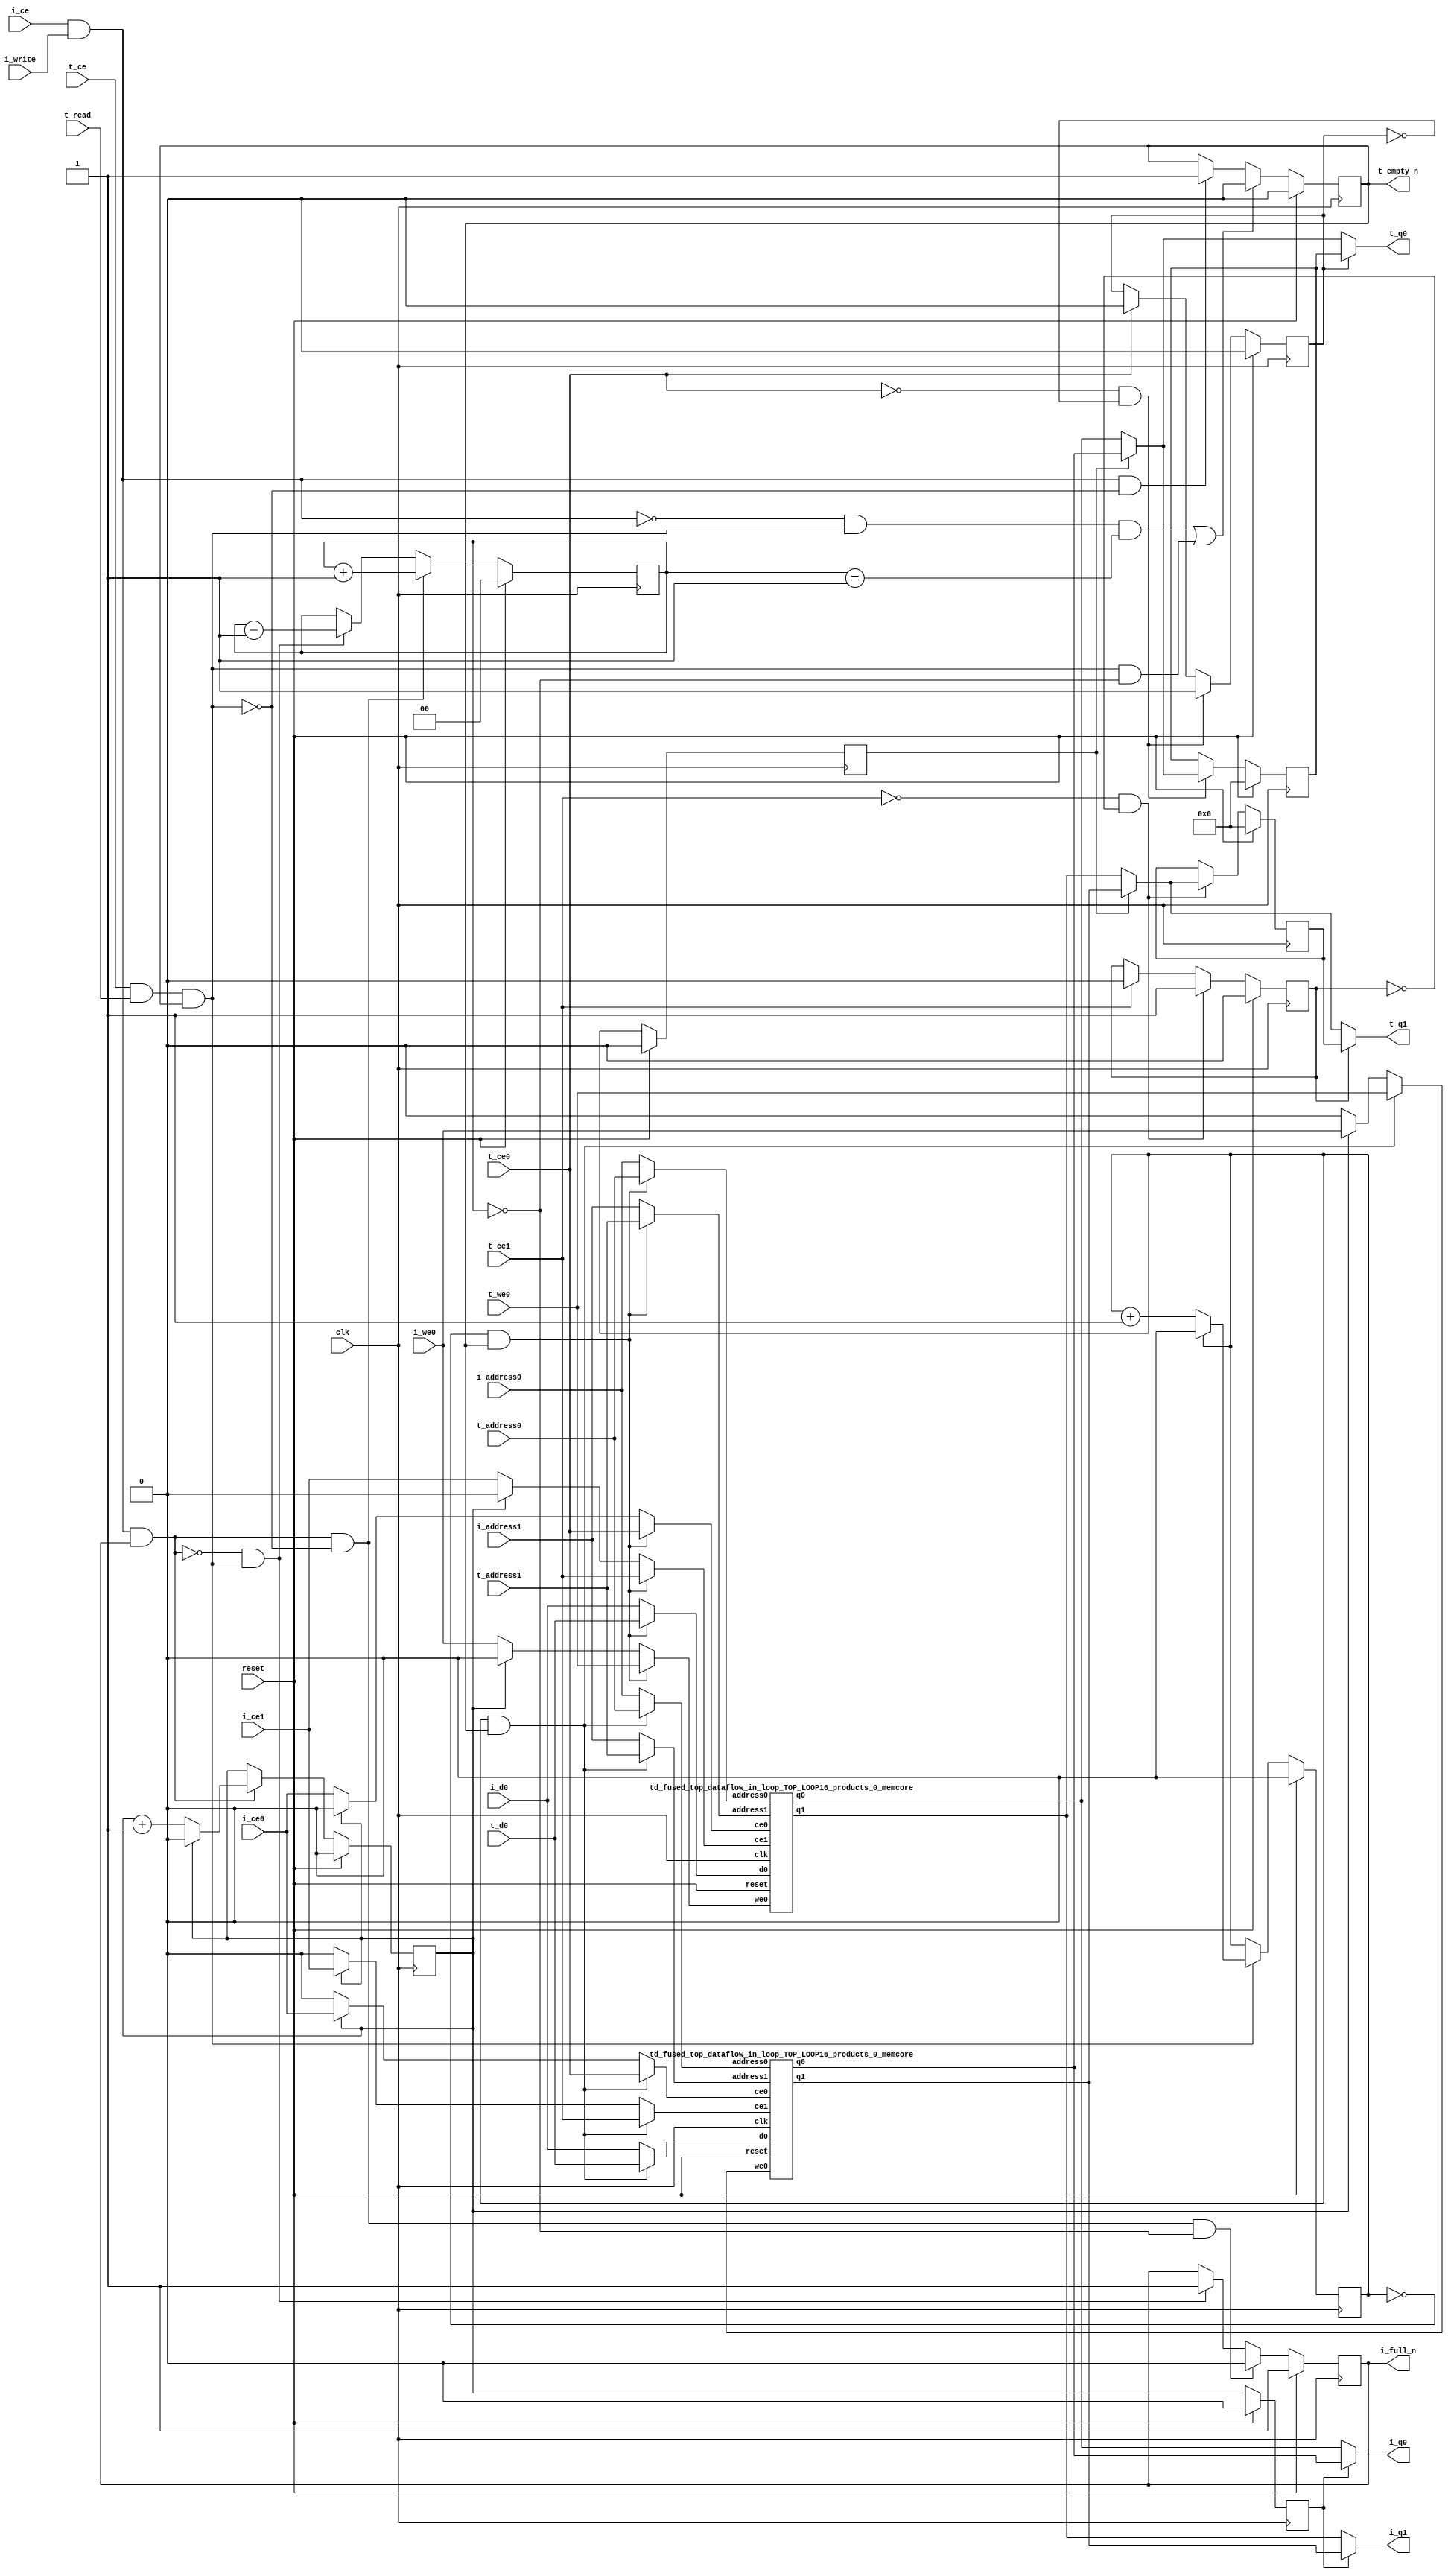
`define EXPONENT 5
`define MANTISSA 10
`define ACTUAL_MANTISSA 11
`define EXPONENT_LSB 10
`define EXPONENT_MSB 14
`define MANTISSA_LSB 0
`define MANTISSA_MSB 9
`define MANTISSA_MUL_SPLIT_LSB 3
`define MANTISSA_MUL_SPLIT_MSB 9
`define SIGN 1
`define SIGN_LOC 15
`define DWIDTH (`SIGN+`EXPONENT+`MANTISSA)
`define IEEE_COMPLIANCE 1

module td_fused_top_dataflow_in_loop_TOP_LOOP16_products_0
#(parameter
    DataWidth    = 16,
    AddressRange = 32,
    AddressWidth = 5,
    BufferCount  = 2,
    MemLatency   = 1,
    IndexWidth   = 1
) (
    // system signals
    input  wire                    clk,
    input  wire                    reset,
    // initiator
    input  wire                    i_ce,
    input  wire                    i_write,
    output wire                    i_full_n,
    input  wire                    i_ce0,
    input  wire                    i_we0,
    input  wire [AddressWidth-1:0] i_address0,
    input  wire [DataWidth-1:0]    i_d0,
    output wire [DataWidth-1:0]    i_q0,
    input  wire                    i_ce1,
    input  wire [AddressWidth-1:0] i_address1,
    output wire [DataWidth-1:0]    i_q1,
    // target
    input  wire                    t_ce,
    input  wire                    t_read,
    output wire                    t_empty_n,
    input  wire                    t_ce0,
    input  wire                    t_we0,
    input  wire [AddressWidth-1:0] t_address0,
    input  wire [DataWidth-1:0]    t_d0,
    output wire [DataWidth-1:0]    t_q0,
    input  wire                    t_ce1,
    input  wire [AddressWidth-1:0] t_address1,
    output wire [DataWidth-1:0]    t_q1
);
//------------------------Local signal-------------------
// control/status
reg  [IndexWidth-1:0]   iptr    = 1'b0; // initiator index
reg  [IndexWidth-1:0]   tptr    = 1'b0; // target index
reg  [IndexWidth-1:0]   prev_iptr    = 1'b0; // previous initiator index
reg  [IndexWidth-1:0]   prev_tptr    = 1'b0; // previous target index
reg  [DataWidth-1:0]    reg_q0      = 1'b0; // buffer used if reader is stalled
reg                     reg_valid0    = 1'b0; // buffer has valid data
reg  [DataWidth-1:0]    reg_q1      = 1'b0; // buffer used if reader is stalled
reg                     reg_valid1    = 1'b0; // buffer has valid data
reg  [IndexWidth:0]     count   = 1'b0; // count of written buffers
reg                     full_n  = 1'b1; // whether all buffers are written
reg                     empty_n = 1'b0; // whether none of the buffers is written
wire                    push_buf;       // finish writing a buffer
wire                    write_buf;      // write a buffer
wire                    pop_buf;        // finish reading a buffer
// buffer signals
wire [BufferCount-1:0] buf_ce0;
wire [BufferCount-1:0] buf_we0;
wire [AddressWidth-1:0] buf_a0_0, buf_a0_1;
wire [DataWidth-1:0] buf_d0_0, buf_d0_1;
wire [DataWidth-1:0] buf_q0_0, buf_q0_1;
wire [BufferCount-1:0] buf_ce1;
wire [AddressWidth-1:0] buf_a1_0, buf_a1_1;
wire [DataWidth-1:0] buf_q1_0, buf_q1_1;
//------------------------Instantiation------------------
//genvar i;
        td_fused_top_dataflow_in_loop_TOP_LOOP16_products_0_memcore td_fused_top_dataflow_in_loop_TOP_LOOP16_products_0_memcore_U_0 (
            .reset    ( reset ),
            .clk      ( clk ),
            .address0 ( buf_a0_0 ),
            .ce0      ( buf_ce0[ 0 ] ),
            .we0      ( buf_we0[ 0 ] ),
            .d0       ( buf_d0_0 ),
            .q0       ( buf_q0_0 ),
            .address1 ( buf_a1_0 ),
            .ce1      ( buf_ce1[ 0 ] ),
            .q1       ( buf_q1_0 )
        );
        td_fused_top_dataflow_in_loop_TOP_LOOP16_products_0_memcore td_fused_top_dataflow_in_loop_TOP_LOOP16_products_0_memcore_U_1 (
            .reset    ( reset ),
            .clk      ( clk ),
            .address0 ( buf_a0_1 ),
            .ce0      ( buf_ce0[ 1 ] ),
            .we0      ( buf_we0[ 1 ] ),
            .d0       ( buf_d0_1 ),
            .q0       ( buf_q0_1 ),
            .address1 ( buf_a1_1 ),
            .ce1      ( buf_ce1[ 1 ] ),
            .q1       ( buf_q1_1 )
        );

//++++++++++++++++++++++++buffer signals+++++++++++++++++
        assign buf_ce0[ 0 ] = (tptr ==  0  && empty_n) ? t_ce0
                             : (iptr ==  0 ) ? i_ce0 : 1'b0;
        assign buf_a0_0  = (tptr ==  0  && empty_n) ?  t_address0 : i_address0;
        assign buf_we0[ 0 ] = (tptr ==  0  && empty_n)  ? t_we0
                             : (iptr ==  0 ) ? i_we0 : 1'b0;
        assign buf_d0_0  = (tptr ==  0  && empty_n) ? t_d0       : i_d0;
        assign buf_ce1[ 0 ] = (tptr ==  0  && empty_n) ? t_ce1
                             : (iptr ==  0 ) ? i_ce1 : 1'b0;
        assign buf_a1_0  = (tptr ==  0  && empty_n) ?  t_address1 : i_address1;
        assign buf_ce0[ 1 ] = (tptr ==  1  && empty_n) ? t_ce0
                             : (iptr ==  1 ) ? i_ce0 : 1'b0;
        assign buf_a0_1  = (tptr ==  1  && empty_n) ?  t_address0 : i_address0;
        assign buf_we0[ 1 ] = (tptr ==  1  && empty_n)  ? t_we0
                             : (iptr ==  1 ) ? i_we0 : 1'b0;
        assign buf_d0_1  = (tptr ==  1  && empty_n) ? t_d0       : i_d0;
        assign buf_ce1[ 1 ] = (tptr ==  1  && empty_n) ? t_ce1
                             : (iptr ==  1 ) ? i_ce1 : 1'b0;
        assign buf_a1_1  = (tptr ==  1  && empty_n) ?  t_address1 : i_address1;
//+++++++++++++++++++++++++++++++++++++++++++++++++++++++

//------------------------Body---------------------------
assign i_q0      = (prev_iptr == 1'b1 ? buf_q0_1 : buf_q0_0);
assign t_q0      = reg_valid0 ? reg_q0 : (prev_tptr == 1'b1 ? buf_q0_1 : buf_q0_0);
assign i_q1      = (prev_iptr == 1'b1 ? buf_q1_1 : buf_q1_0);
assign t_q1      = reg_valid1 ? reg_q1 : (prev_tptr == 1'b1 ? buf_q1_1 : buf_q1_0);

//++++++++++++++++++++++++output+++++++++++++++++++++++++
assign i_full_n  = full_n;
assign t_empty_n = empty_n;
//+++++++++++++++++++++++++++++++++++++++++++++++++++++++

//++++++++++++++++++++++++control/status+++++++++++++++++
assign push_buf = i_ce & i_write & full_n;
assign write_buf = i_ce & i_write;
assign pop_buf  = t_ce & t_read & empty_n;

// iptr
always @(posedge clk) begin
    if (reset == 1'b1)
        iptr <= 1'b0;
    else if (push_buf) begin
        if (iptr == BufferCount - 1'b1)
            iptr <= 1'b0;
        else
            iptr <= iptr + 1'b1;
    end
end

// tptr
always @(posedge clk) begin
    if (reset == 1'b1)
        tptr <= 1'b0;
    else if (pop_buf) begin
        if (tptr == BufferCount - 1'b1)
            tptr <= 1'b0;
        else
            tptr <= tptr + 1'b1;
    end
end

// prev_iptr
always @(posedge clk) begin
    if (reset == 1'b1)
        prev_iptr <= 1'b0;
    else begin
        prev_iptr <= iptr;
    end
end

// prev_tptr
always @(posedge clk) begin
    if (reset == 1'b1)
        prev_tptr <= 1'b0;
    else begin
        prev_tptr <= tptr;
    end
end

// reg_q0 and reg_valid0
always @(posedge clk) begin
    if (reset == 1'b1) begin
        reg_q0     <= 1'b0;
        reg_valid0 <= 1'b0;
    end else if (!t_ce0 && !reg_valid0) begin
        reg_q0     <= (prev_tptr == 1'b1 ? buf_q0_1 : buf_q0_0);
        reg_valid0 <= 1'b1;
    end else if (t_ce0) begin
        reg_valid0 <= 1'b0;
    end
end

// reg_q1 and reg_valid1
always @(posedge clk) begin
    if (reset == 1'b1) begin
        reg_q1     <= 1'b0;
        reg_valid1 <= 1'b0;
    end else if (!t_ce1 && !reg_valid1) begin
        reg_q1     <= (prev_tptr == 1'b1 ? buf_q1_1 : buf_q1_0);
        reg_valid1 <= 1'b1;
    end else if (t_ce1) begin
        reg_valid1 <= 1'b0;
    end
end

// count
always @(posedge clk) begin
    if (reset == 1'b1)
        count <= 1'b0;
    else if (push_buf && !pop_buf)
        count <= count + 1'b1;
    else if (!push_buf && pop_buf)
        count <= count - 1'b1;
end

// full_n
always @(posedge clk) begin
    if (reset == 1'b1)
        full_n <= 1'b1;
    else if (push_buf && !pop_buf && count == BufferCount - 2'd2)
        full_n <= 1'b0;
    else if (!push_buf && pop_buf)
        full_n <= 1'b1;
end

// empty_n
always @(posedge clk) begin
    if (reset == 1'b1)
        empty_n <= 1'b0;
    else if ((!write_buf && pop_buf && count == 1'b1)
             || (pop_buf && count == 1'b0))
        empty_n <= 1'b0;
    else if (write_buf && !pop_buf)
        empty_n <= 1'b1;
end
//+++++++++++++++++++++++++++++++++++++++++++++++++++++++

endmodule
module td_fused_top_dataflow_in_loop_TOP_LOOP16_products_0_memcore(
    reset,
    clk,
    address0,
    ce0,
    we0,
    d0,
    q0,
    address1,
    ce1,
    q1);

parameter DataWidth = 32'd16;
parameter AddressRange = 32'd27;
parameter AddressWidth = 32'd5;
input reset;
input clk;
input[AddressWidth - 1:0] address0;
input ce0;
input we0;
input[DataWidth - 1:0] d0;
output[DataWidth - 1:0] q0;
input[AddressWidth - 1:0] address1;
input ce1;
output[DataWidth - 1:0] q1;



td_fused_top_dataflow_in_loop_TOP_LOOP16_products_0_memcore_ram td_fused_top_dataflow_in_loop_TOP_LOOP16_products_0_memcore_ram_U(
    .clk( clk ),
    .addr0( address0 ),
    .ce0( ce0 ),
    .we0( we0 ),
    .d0( d0 ),
    .q0( q0 ),
    .addr1( address1 ),
    .ce1( ce1 ),
    .q1( q1 )
);

endmodule
module td_fused_top_dataflow_in_loop_TOP_LOOP16_products_0_memcore_ram (addr0, ce0, d0, we0, q0, addr1, ce1, q1,  clk);

parameter DWIDTH = 16;
parameter AWIDTH = 5;
parameter MEM_SIZE = 27;

input[AWIDTH-1:0] addr0;
input ce0;
input[DWIDTH-1:0] d0;
input we0;
output reg[DWIDTH-1:0] q0;
input[AWIDTH-1:0] addr1;
input ce1;
output reg[DWIDTH-1:0] q1;
input clk;

reg [DWIDTH-1:0] ram[MEM_SIZE-1:0];




always @(posedge clk)  
begin 
    if (ce0) begin
        if (we0) 
            ram[addr0] <= d0; 
        q0 <= ram[addr0];
    end
end


always @(posedge clk)  
begin 
    if (ce1) begin
        q1 <= ram[addr1];
    end
end


endmodule